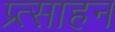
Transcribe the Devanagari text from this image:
प्र्त्साहन